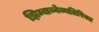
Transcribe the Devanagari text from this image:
झिम्बाब्वेव्यतिरिक्त